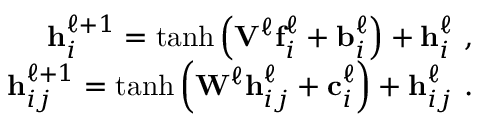
\begin{array} { r } { \mathbf h _ { i } ^ { \ell + 1 } = \operatorname { t a n h } \left( \mathbf V ^ { \ell } \mathbf f _ { i } ^ { \ell } + \mathbf b _ { i } ^ { \ell } \right) + \mathbf h _ { i } ^ { \ell } \ , } \\ { \mathbf h _ { i j } ^ { \ell + 1 } = \operatorname { t a n h } \left( \mathbf W ^ { \ell } \mathbf h _ { i j } ^ { \ell } + \mathbf c _ { i } ^ { \ell } \right) + \mathbf h _ { i j } ^ { \ell } \ . } \end{array}